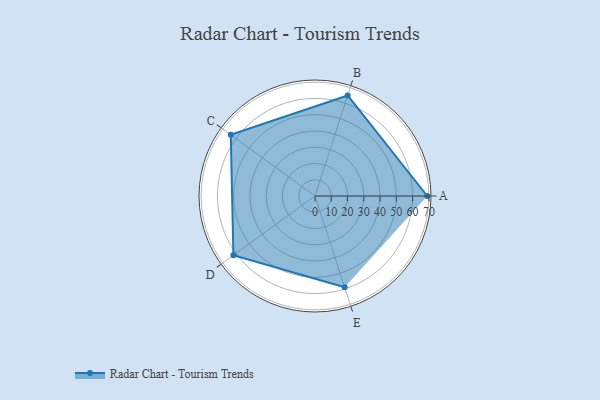
{"axis": {"x": "Skill", "y": "Score"}, "legend": ["Profile"], "data": [{"x": "A", "y": 69.0, "type": "Profile"}, {"x": "B", "y": 65.0, "type": "Profile"}, {"x": "C", "y": 64.0, "type": "Profile"}, {"x": "D", "y": 62.0, "type": "Profile"}, {"x": "E", "y": 59.0, "type": "Profile"}]}